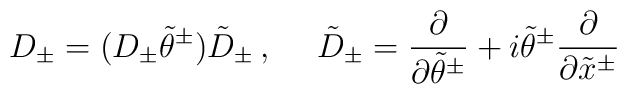
D_\pm =(D_\pm\tilde{\theta}^\pm )\tilde{D}_\pm\,,~~~~\tilde{D}_\pm=\frac{\partial}{\partial\tilde{\theta}^\pm}+i\tilde{\theta}^\pm\frac{\partial}{\partial \tilde{x}^\pm}